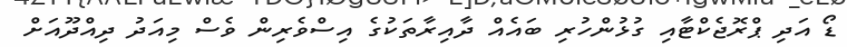
ޑޯ އަދި ޕްރޮޖެކްޓާއި ގުޅުންހުރި ބައެއް ދާއިރާތަކުގެ އިސްވެރިން ވެސް މިއަދު ދިއްދޫއަށް